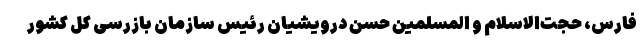
فارس،‌ حجت‌الاسلام و المسلمین حسن درویشیان رئیس سازمان بازرسی کل کشور